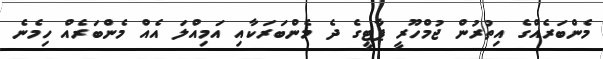
މެންބަރެއްގެ އިތުރުން ޖުމްހޫރީ ޕާޓީގެ ދެ މެންބަރަކާއި އަމިއްލަ އެއް މެންބަރެއް ހިމެނެ